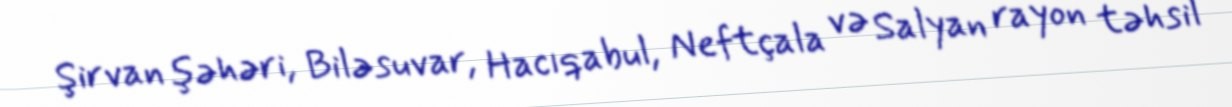
Şirvan şəhəri, Biləsuvar, Hacıqabul, Neftçala və Salyan rayon təhsil